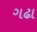
ગઢા